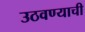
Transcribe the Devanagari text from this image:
उठवण्याची